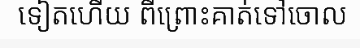
ទៀតហើយ ពីព្រោះគាត់ទៅចោល